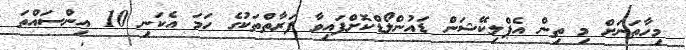
މިހާތަނަށް މި ތިން އެޕްލިކޭޝަން ޑައުންލޯޑްކޮށްފައިވާ ފަރާތްތަކުގެ ހަމަ އެކަނި 10 އިންސައްތަ